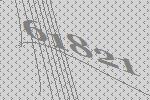
61821